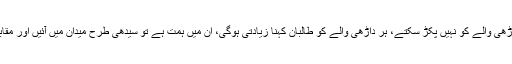
اسفند یار ولی نے کہا کہ ہر داڑھی والے کو نہیں پکڑ سکتے، ہر داڑھی والے کو طالبان کہنا زیادتی ہوگی، ان میں ہمت ہے تو سیدھی طرح میدان میں آئیں اور مقابلہ کریں، پیٹھ پر وار نہ کریں۔